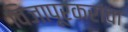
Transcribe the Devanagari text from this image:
विजापूरकरांचा